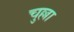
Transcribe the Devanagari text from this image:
चुल्ला